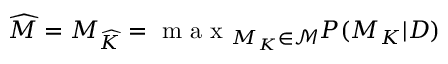
\widehat { M } = M _ { \widehat { K } } = \mathrm { ~ m ~ a ~ x ~ } _ { M _ { K } \in \mathcal { M } } P ( M _ { K } | D )